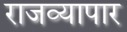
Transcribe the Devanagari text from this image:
राजव्यापार